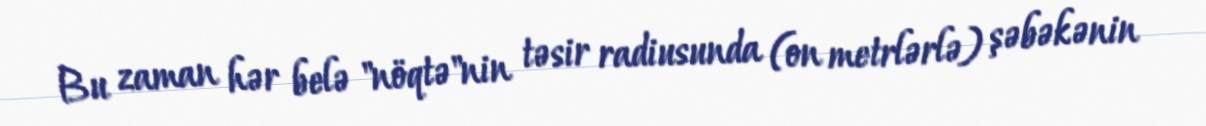
Bu zaman hər belə "nöqtə"nin təsir radiusunda (on metrlərlə) şəbəkənin